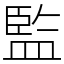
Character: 監